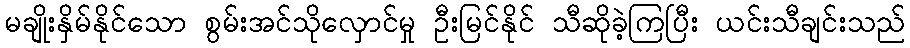
မချိုးနှိမ်နိုင်သော စွမ်းအင်သိုလှောင်မှု ဦးမြင်နိုင် သီဆိုခဲ့ကြပြီး ယင်းသီချင်းသည်